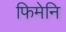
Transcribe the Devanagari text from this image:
फिमेनि